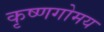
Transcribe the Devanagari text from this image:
कृष्णगोमय